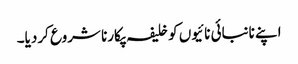
اپنے نانبائی نائیوں کو خلیفہ پکارنا شروع کردیا۔